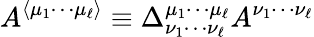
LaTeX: A^{\langle\mu_{1}\cdots\mu_{\ell}\rangle}\equiv\Delta_{\nu_{1}\cdots\nu_{\ell}}^{\mu_{1}\cdots\mu_{\ell}}A^{\nu_{1}\cdots\nu_{\ell}}